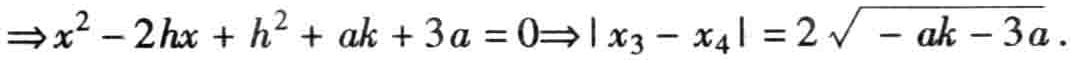
$\Rightarrow x^{2}-2hx + h^{2}+ak + 3a = 0\Rightarrow|x_{3}-x_{4}| = 2\sqrt{-ak - 3a}$.